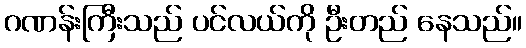
ဂဏန်းကြီးသည် ပင်လယ်ကို ဦးတည် နေသည်။